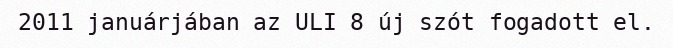
2011 januárjában az ULI 8 új szót fogadott el.